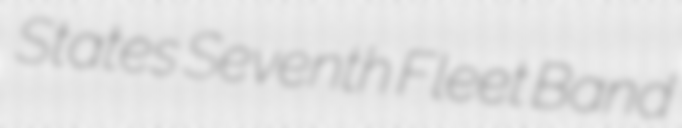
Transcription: States Seventh Fleet Band